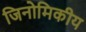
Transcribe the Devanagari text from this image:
जिनोमिकीय